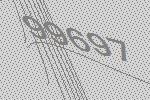
99697